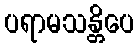
ပရာမသန္တိပေ